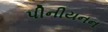
પીનીયનન